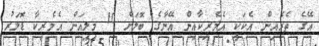
އޭގެ ތެރެއިން އެކަކީ އެމެރިކާއިން އޭނާގެ ބޮލަށް 10 މިލިއަން އެމެރިކާ ޑޮލަރު